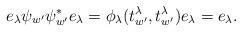
LaTeX: \begin{align*}e_{\lambda}\psi_{w'}\psi_{w'}^*e_{\lambda}=\phi_{\lambda}(t_{w'}^{\lambda},t_{w'}^{\lambda})e_{\lambda}=e_{\lambda}.\end{align*}